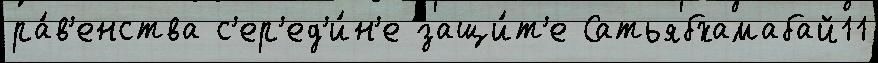
ра́в'енства с'ер'ед'и́н'е защи́т'е Сатьябхамабай11